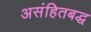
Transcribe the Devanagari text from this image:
असंहितबद्ध